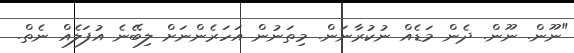
"ނޫން. ނޫން. ދެން މަޑެއް ނުކުރާނަން. މިތަނުން އަހަރެންނަށް ލިބޭނެ އުފަލެއް ނެތް.